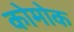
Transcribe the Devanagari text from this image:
कोमोक